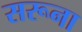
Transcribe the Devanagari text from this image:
सरूना